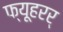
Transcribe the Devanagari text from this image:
फ्यूहरर्